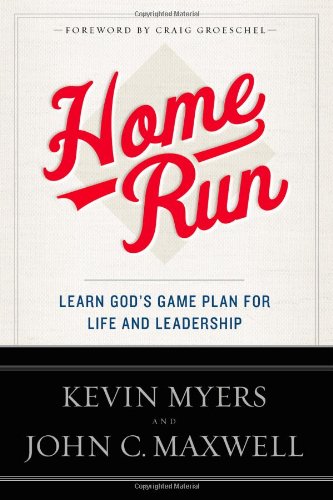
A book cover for Home Run: Learn God's Game Plan for Life and Leadership; Kevin Myers; Christian Books & Bibles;